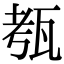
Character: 㼥